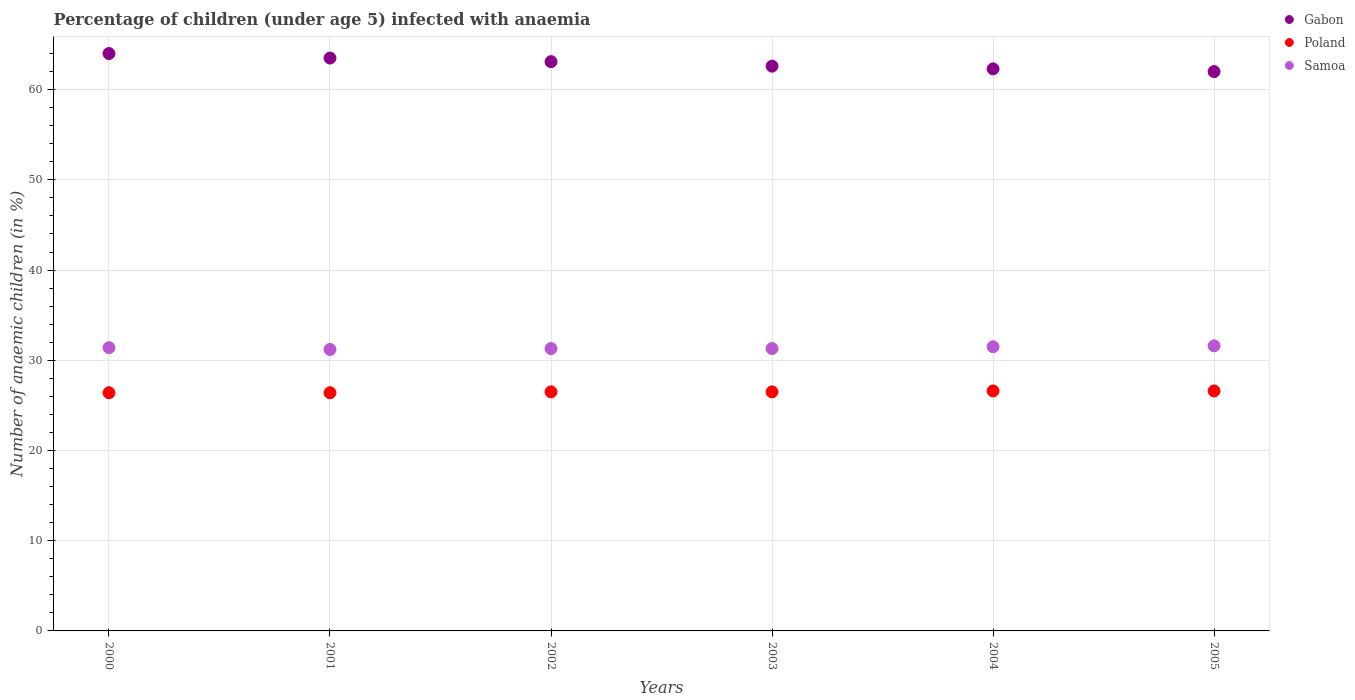
| Years | Gabon | Poland | Samoa |
 | --- | --- | --- | --- |
 | 2000 | 64 | 26.4 | 31.4 |
 | 2001 | 63.5 | 26.4 | 31.2 |
 | 2002 | 63.1 | 26.5 | 31.3 |
 | 2003 | 62.6 | 26.5 | 31.3 |
 | 2004 | 62.3 | 26.6 | 31.5 |
 | 2005 | 62 | 26.6 | 31.6 |